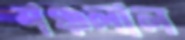
শঞ্চলাল